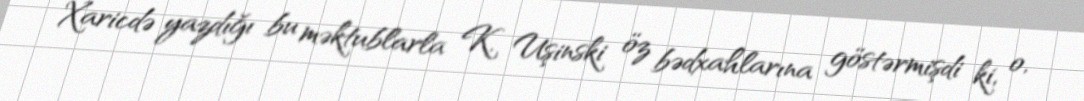
Xaricdə yazdığı bu məktublarla K. Uşinski öz bədxahlarına göstərmişdi ki, o,